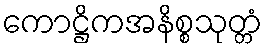
ကောဋ္ဌိကအနိစ္စသုတ္တံ